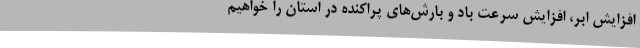
افزایش ابر، افزایش سرعت باد و بارش‌های پراکنده در استان را خواهیم